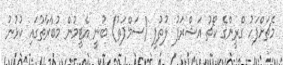
މެޗަށްފަހު ގްރީންގެ ކޯޗު އަޝްރަފު ލުތުފީ (ސަމްޕަތު) ބުނީ އެޓީމުން މުބާރާތުގައި ކުޅުނު